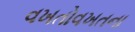
વખતોવખતના